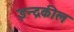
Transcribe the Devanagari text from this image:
इन्द्रकील